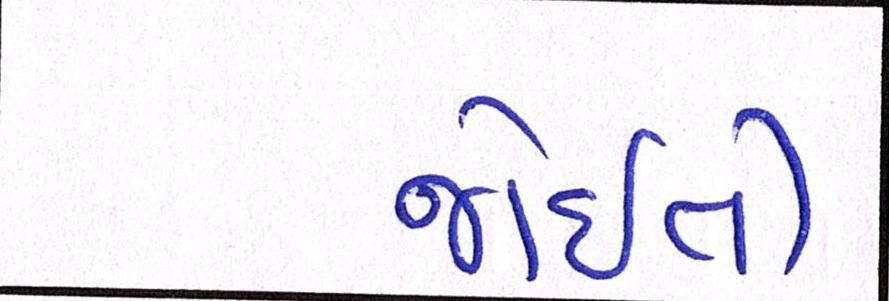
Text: જોઈતી